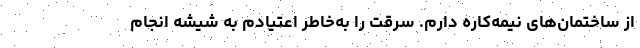
از ساختمان‌های نیمه‌کاره دارم. سرقت را به‌خاطر اعتیادم به شیشه انجام